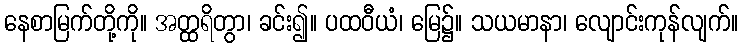
နေစာမြက်တို့ကို။ အတ္ထရိတွာ၊ ခင်း၍။ ပထဝီယံ၊ မြေ၌။ သယမာနာ၊ လျောင်းကုန်လျက်။